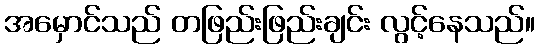
အမှောင်သည် တဖြည်းဖြည်းချင်း လွင့်နေသည်။